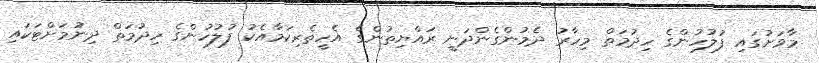
މާވަށުގައި ފުލުހުންގެ ހިދުމަތް މިހާރު ދެމުންގެންދަނީ ރައްޔިތުންގެ އެހީތެރިކަމާއެކު ފުލުހުންގެ ހިދުމަތް ދިނުމަށްޓަކައި